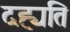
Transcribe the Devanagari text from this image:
दह्यति